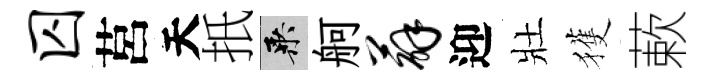
囚莒天扺乘舸薜迎壯獲蔌